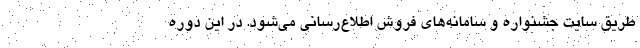
طریق سایت جشنواره و سامانه‌های فروش اطلاع‌رسانی می‌شود. در این دوره